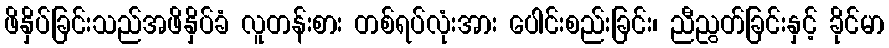
ဖိနှိပ်ခြင်းသည်အဖိနှိပ်ခံ လူတန်းစား တစ်ရပ်လုံးအား ပေါင်းစည်းခြင်း၊ ညီညွတ်ခြင်းနှင့် ခိုင်မာ